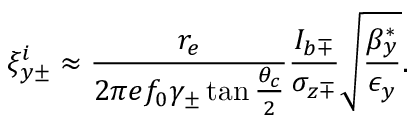
\xi _ { y \pm } ^ { i } \approx \frac { r _ { e } } { 2 \pi e f _ { 0 } \gamma _ { \pm } \tan \frac { \theta _ { c } } { 2 } } \frac { I _ { b \mp } } { \sigma _ { z \mp } } \sqrt { \frac { \beta _ { y } ^ { * } } { \epsilon _ { y } } } .